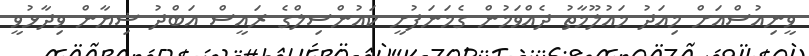
ވީނިއުސްއަށް މިއަދު މައުލޫމާތު ދެއްވަމުން ގެމަނަފުށީ ކައުންސިލްގެ ރައީސް އަބްދު ޝިޔާން ވިދާޅުވީ